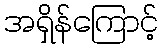
အရှိန်ကြောင့်